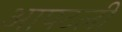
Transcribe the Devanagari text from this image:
आपटली